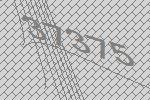
37375